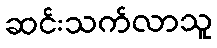
ဆင်းသက်လာသူ